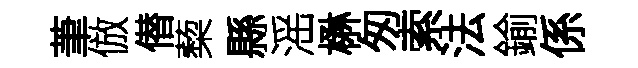
茟倣僣蔾縣滛楙匆索法鍮係